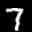
Label: 7